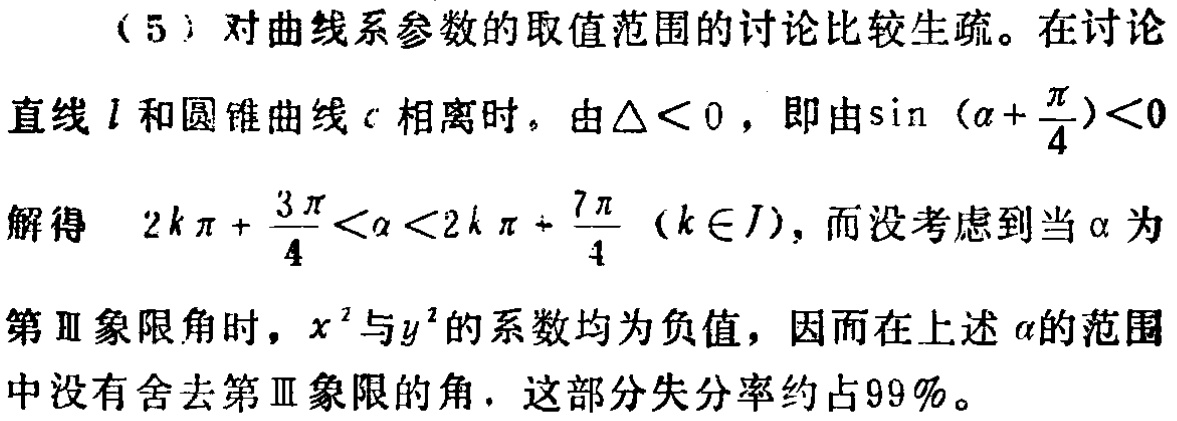
（5）对曲线系参数的取值范围的讨论比较生疏。在讨论
直线\(l\)和圆锥曲线\(c\)相离时，由\(\triangle < 0\)，即由\(\sin(\alpha+\frac{\pi}{4})<0\)
解得 \(2k\pi+\frac{3\pi}{4}<\alpha<2k\pi+\frac{7\pi}{4}(k\in J)\)，而没考虑到当\(\alpha\)为
第Ⅲ象限角时，\(x^{2}\)与\(y^{2}\)的系数均为负值，因而在上述\(\alpha\)的范围
中没有舍去第Ⅲ象限的角. 这部分失分率约占\(99\%\)。